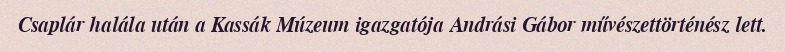
Csaplár halála után a Kassák Múzeum igazgatója Andrási Gábor művészettörténész lett.